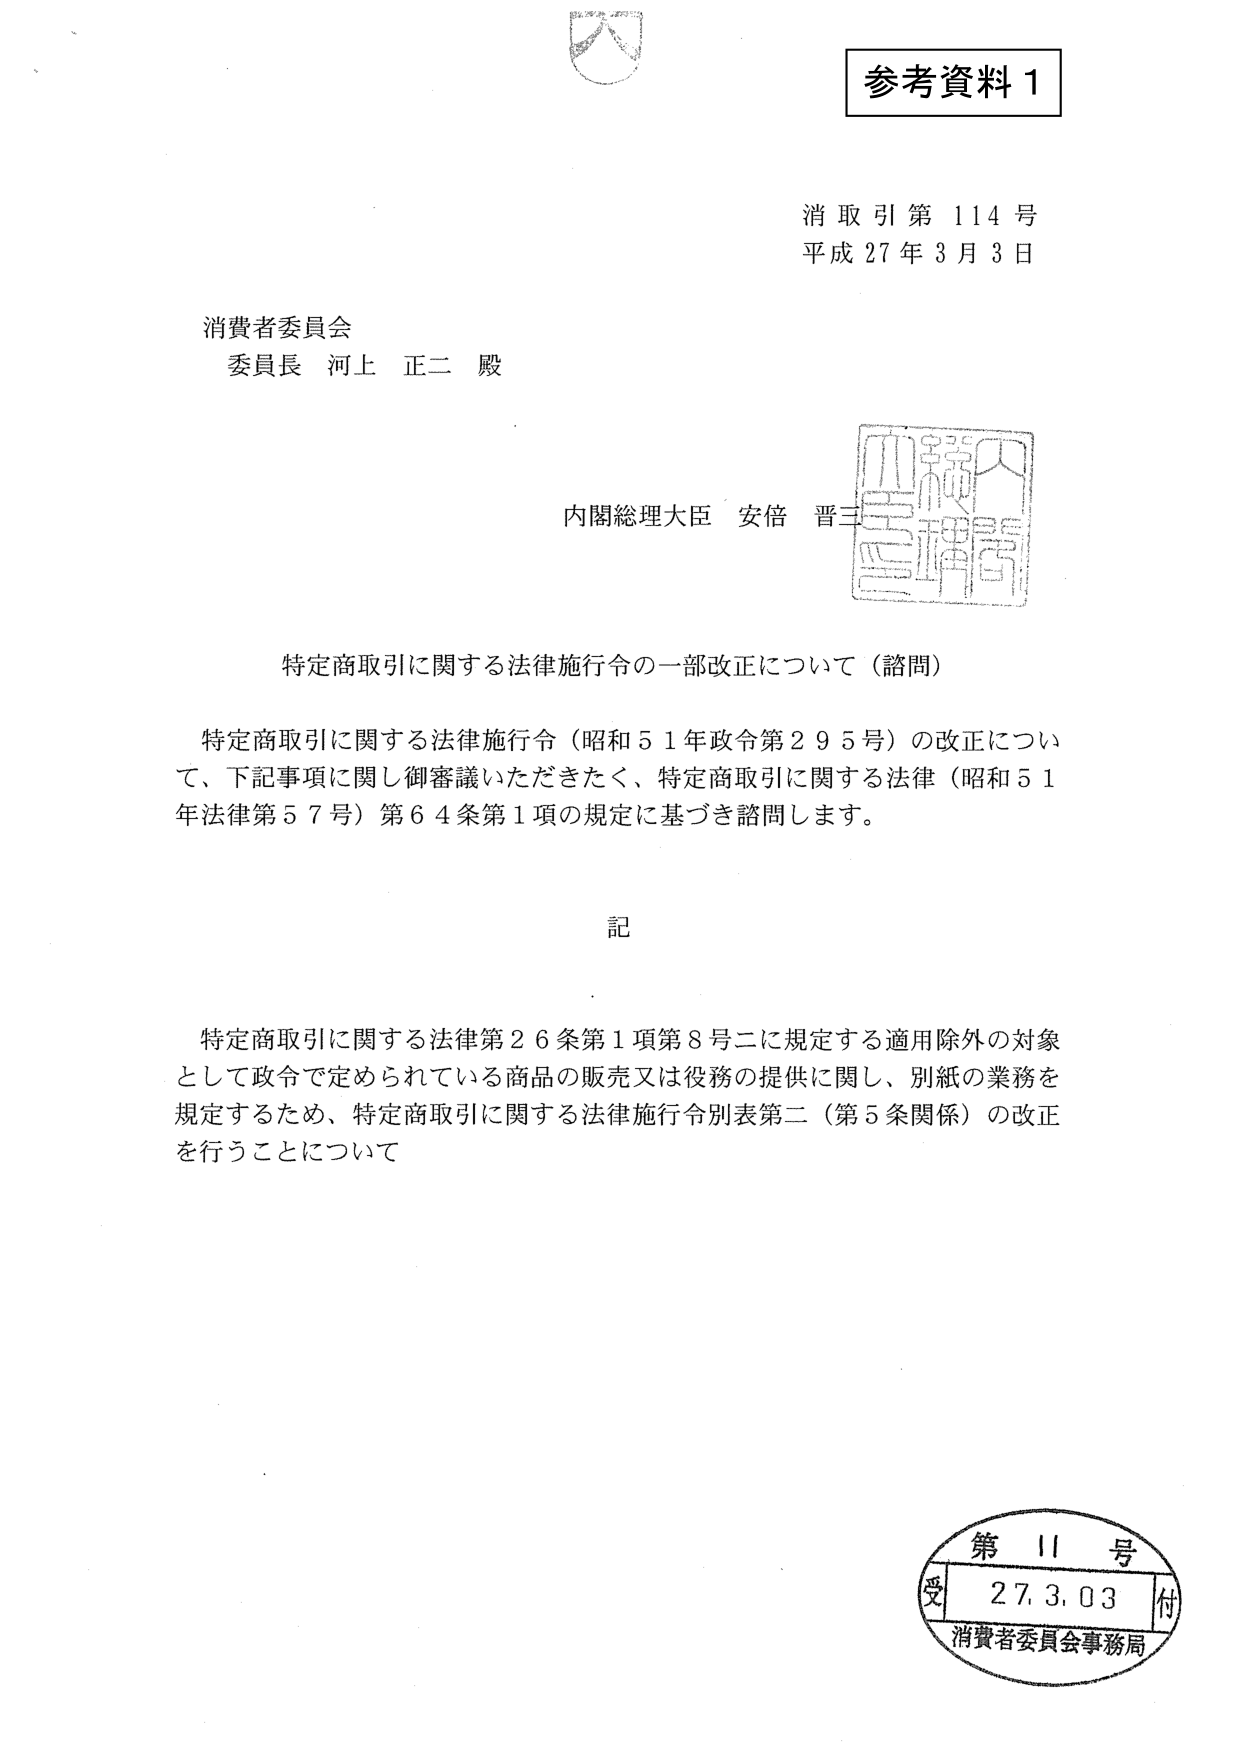
参考資料１

消取引第114号
平成27年3月3日

消費者委員会
委員長 河上 正二 殿

内閣総理大臣 安倍 晋三

特定商取引に関する法律施行令の一部改正について（諮問）

特定商取引に関する法律施行令（昭和51年政令第295号）の改正について、下記事項に関し御審議いただきたく、特定商取引に関する法律（昭和51年法律第57号）第64条第1項の規定に基づき諮問します。

記

特定商取引に関する法律第26条第1項第8号ニに規定する適用除外の対象として政令で定められている商品の販売又は役務の提供に関し、別紙の業務を規定するため、特定商取引に関する法律施行令別表第二（第5条関係）の改正を行うことについて

第11号
受 27.3.03 付
消費者委員会事務局